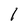
Character: 1